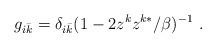
LaTeX: \begin{align*}g_{i\bar {k}}=\delta _{i\bar{k}}(1-2z^kz^{k*}/\beta )^{-1}\ .\end{align*}